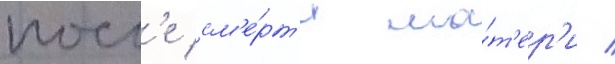
посл'е см'е́рт'и ма́т'ер'и /